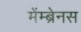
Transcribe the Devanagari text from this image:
मेंम्ब्रेनस